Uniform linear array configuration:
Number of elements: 8
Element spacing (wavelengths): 0.25
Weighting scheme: uniform
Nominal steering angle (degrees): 45
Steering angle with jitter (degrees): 45.773
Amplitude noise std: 0.05
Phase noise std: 0.05

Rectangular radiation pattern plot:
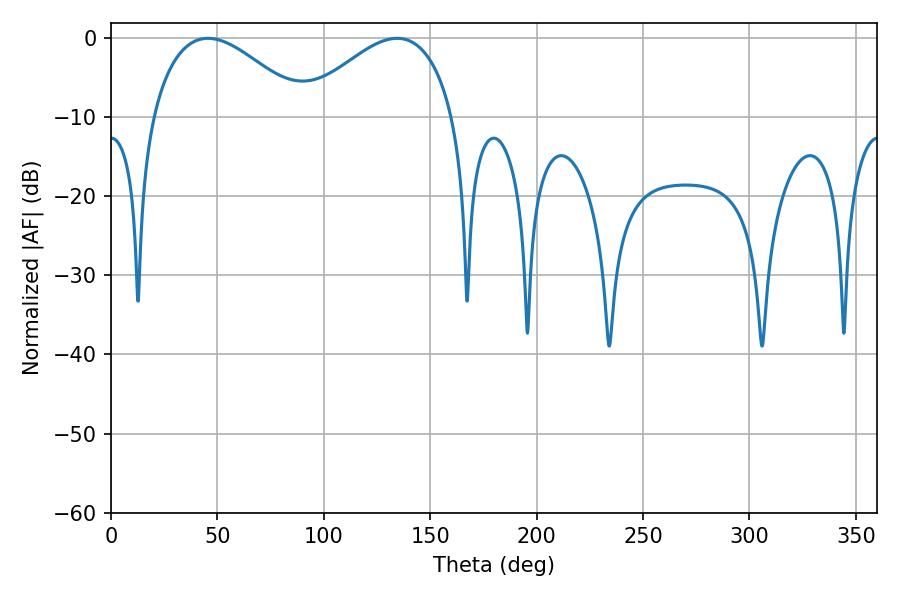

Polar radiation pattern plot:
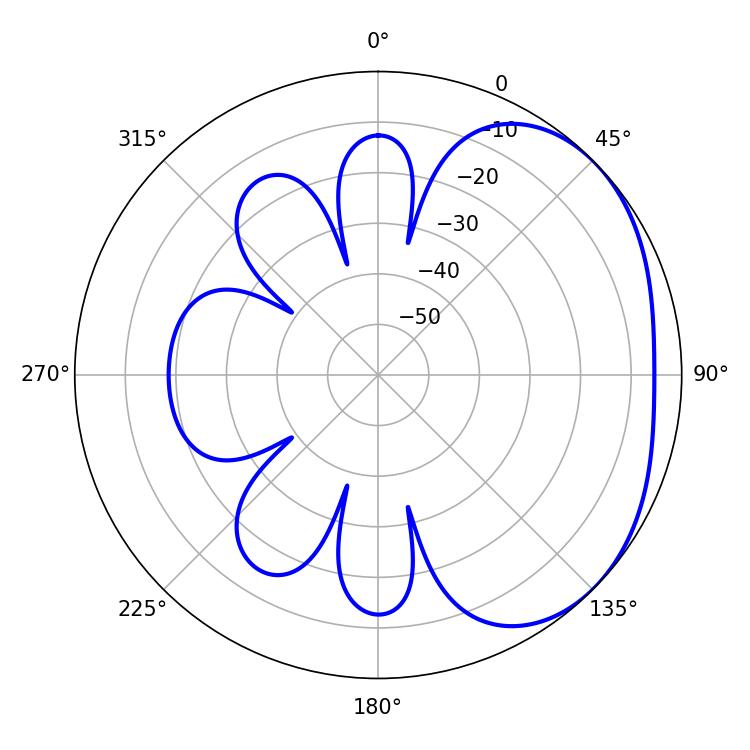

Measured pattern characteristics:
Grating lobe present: FALSE
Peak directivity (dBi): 2.633
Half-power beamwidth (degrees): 39.24
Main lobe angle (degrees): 45.54